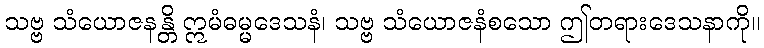
သဗ္ဗ သံယောဇနန္တိ ဣမံဓမ္မဒေသနံ၊ သဗ္ဗ သံယောဇနံစသော ဤတရားဒေသနာကို။